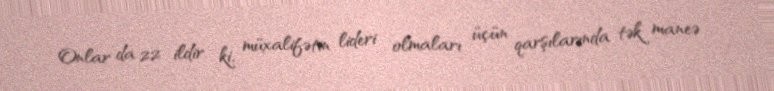
Onlar da 22 ildir ki, müxalifətin lideri olmaları üçün qarşılarında tək maneə